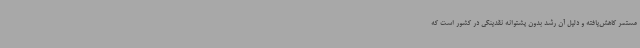
مستمر کاهش‌یافته و دلیل آن رشد بدون پشتوانه نقدینگی در کشور است که